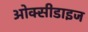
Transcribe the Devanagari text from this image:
ओक्सीडाइज